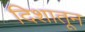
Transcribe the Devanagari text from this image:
दिशातून